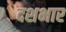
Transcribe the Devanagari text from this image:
दशभार